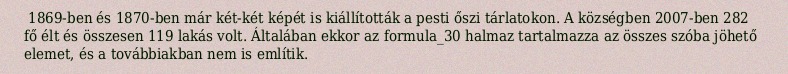
1869-ben és 1870-ben már két-két képét is kiállították a pesti őszi tárlatokon. A községben 2007-ben 282 fő élt és összesen 119 lakás volt. Általában ekkor az formula_30 halmaz tartalmazza az összes szóba jöhető elemet, és a továbbiakban nem is említik.